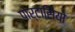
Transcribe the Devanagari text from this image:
पोर्टासियो